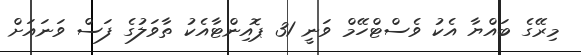
މިރޭގެ ބައްޔާ އެކު ވެސްޓްހޭމް ވަނީ 31 ޕޮއިންޓާއެކު ތާވަލުގެ ފަސް ވަނައަށް